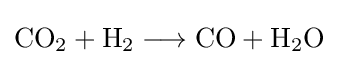
{\mathrm {CO} {\vphantom {A}}_{\smash[{t}]{2}}{}+{}\mathrm {H} {\vphantom {A}}_{\smash[{t}]{2}}{}\mathrel {\longrightarrow } {}\mathrm {CO} {}+{}\mathrm {H} {\vphantom {A}}_{\smash[{t}]{2}}\mathrm {O} }